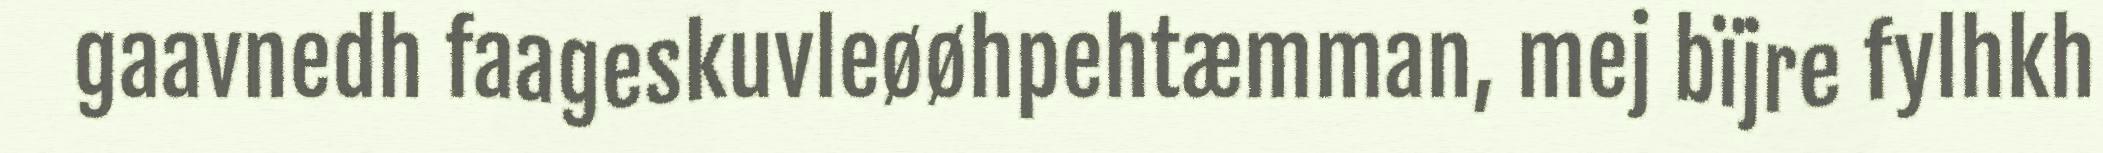
gaavnedh faageskuvleøøhpehtæmman, mej bïjre fylhkh